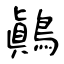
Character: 鷆